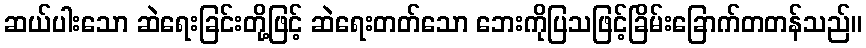
ဆယ်ပါးသော ဆဲရေးခြင်းတို့ဖြင့် ဆဲရေးတတ်သော ဘေးကိုပြသဖြင့်ခြိမ်းခြောက်တတန်သည်။